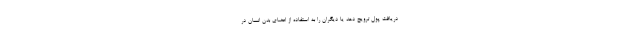
دریافت پول ترویج دهد یا دیگران را به استفاده از اعضای بدن انسان در